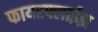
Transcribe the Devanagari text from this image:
फायरफ्लाईझ